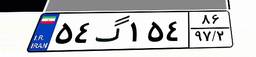
۵۴گ۱۵۴۸۶